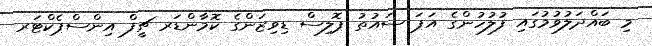
މި ބައްދަލުވުމުގައި ފުލުހުންގެ އަޕަ ސައުތު ޕޮލިސް ޑިވިޒަންގެ ކޮމާންޑަރ ޗީފް އިންސްޕެކްޓަރ